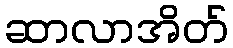
ဆာလာအိတ်